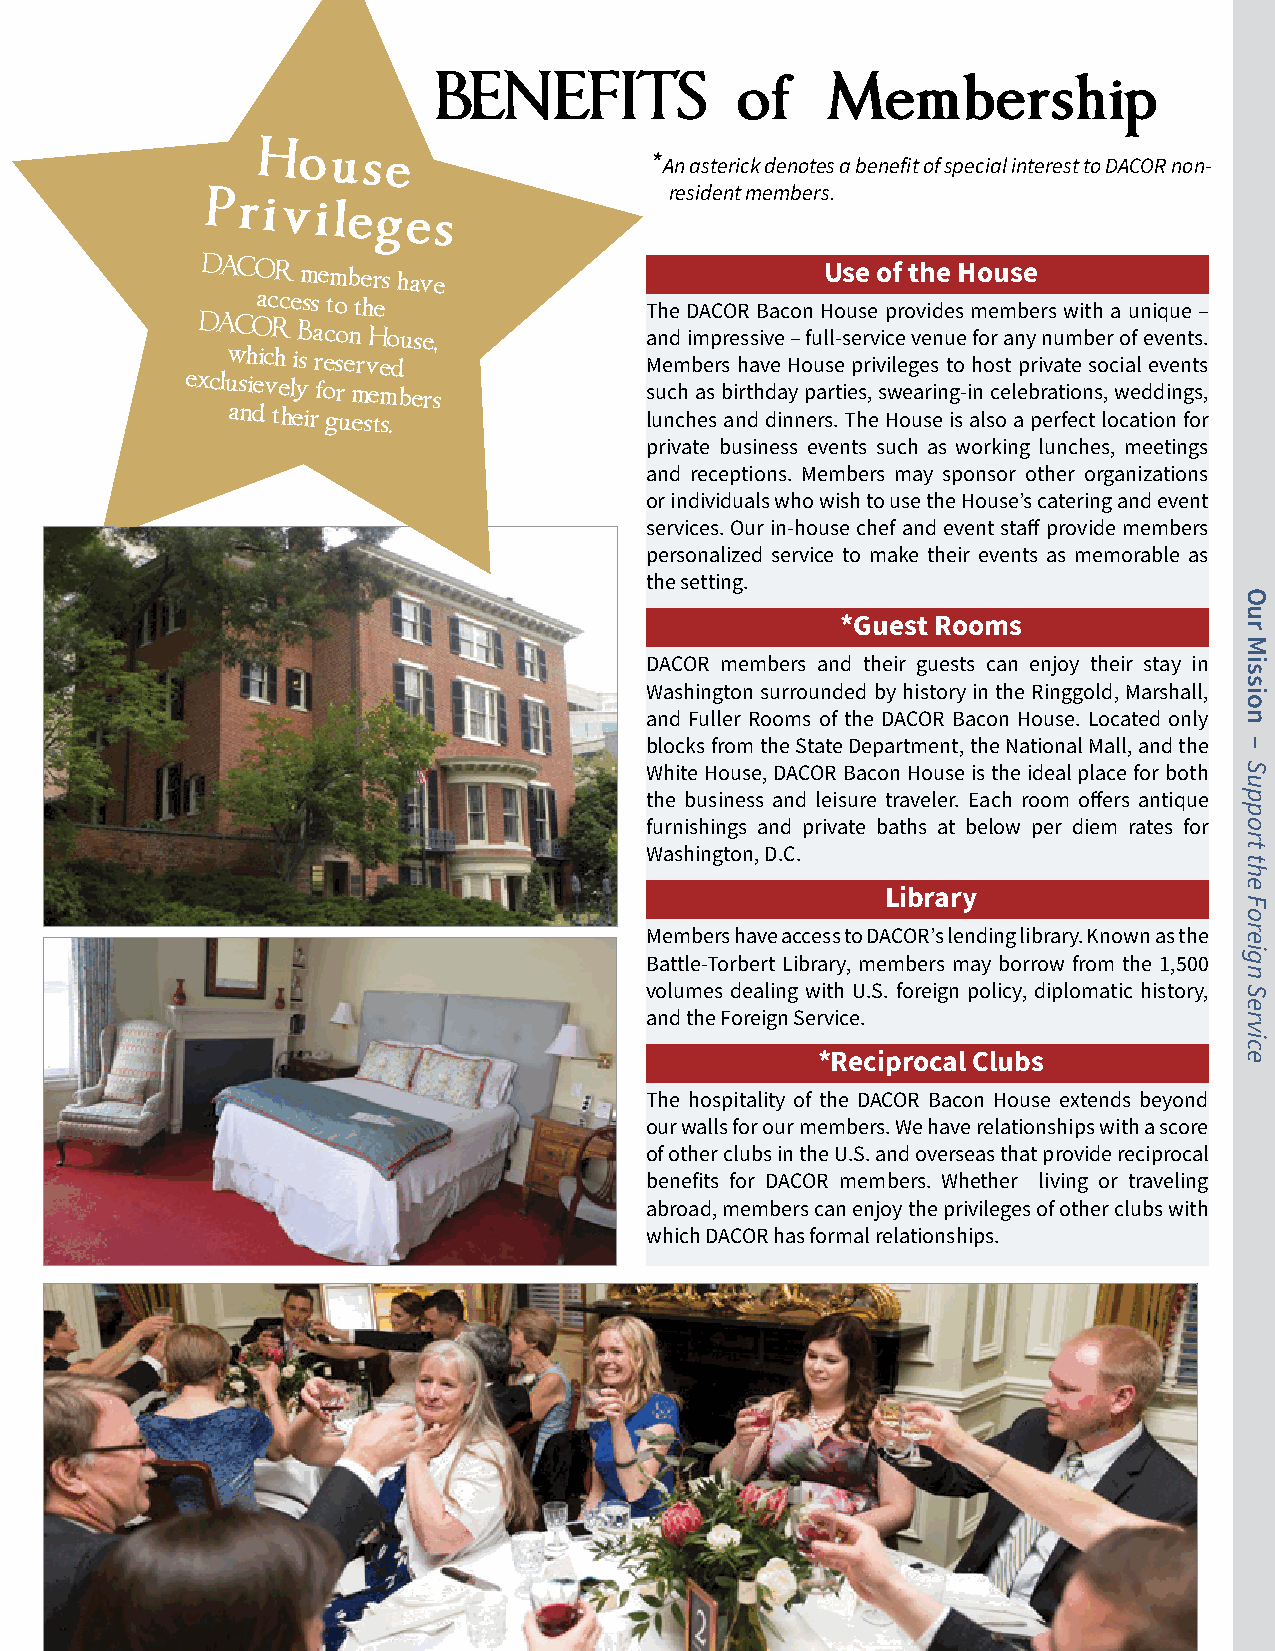
BENEFITS            of    Membership
 House
 * An asterick denotes a benefit of special interest to DACOR non-
 resident members.
 Privileges
 DACOR  members
 have
 Use of the House
 access to the             The DACOR Bacon House provides members with a unique –
 DACOR
 Bacon
 House,             and impressive – full-service venue for any number of events.
 which is reserved           Members have House privileges to host private social events
 exclusievely
 for members           such as birthday parties, swearing-in celebrations, weddings,
 and their guests.           lunches and dinners. The House is also a perfect location for
 private business events such as working lunches, meetings
 and receptions. Members may sponsor other organizations
 or individuals who wish to use the House’s catering and event
 services. Our in-house chef and event staff provide members
 personalized service to make their events as memorable as
 the setting.
 *Guest Rooms
 DACOR members and their guests can enjoy their stay in
 Washington surrounded by history in the Ringgold, Marshall,
 and Fuller Rooms of the DACOR Bacon House. Located only
 blocks from the State Department, the National Mall, and the
 White House, DACOR Bacon House is the ideal place for both
 the business and leisure traveler. Each room offers antique
 furnishings and private baths at below per diem rates for
 Washington, D.C.
 Library
 Members have access to DACOR’s lending library. Known as the
 Battle-Torbert Library, members may borrow from the 1,500
 volumes dealing with U.S. foreign policy, diplomatic history,
 and the Foreign Service.
 *Reciprocal Clubs
 The hospitality of the DACOR Bacon House extends beyond
 our walls for our members. We have relationships with a score
 of other clubs in the U.S. and overseas that provide reciprocal
 benefits for DACOR members. Whether living or traveling
 abroad, members can enjoy the privileges of other clubs with
 which DACOR has formal relationships.
 Our
 Mission
 –
 Support
 the
 Foreign
 Service